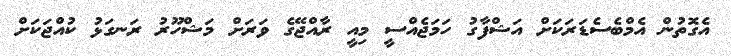
އެގޮތުން އެމްބެސެޑަރަކަށް އަޝްފާގު ހަމަޖެއްސީ މިއީ ރާއްޖޭގެ ވަރަށް މަޝްހޫރު ރަނގަޅު ކުއްޖަކަށް